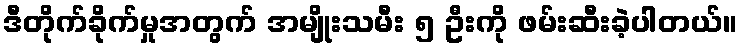
ဒီတိုက်ခိုက်မှုအတွက် အမျိုးသမီး ၅ ဦးကို ဖမ်းဆီးခဲ့ပါတယ်။